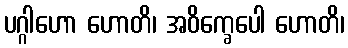
ပဂ္ဂါဟော ဟောတိ၊ အဝိက္ခေပေါ ဟောတိ၊